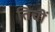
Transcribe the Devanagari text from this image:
तिचीं